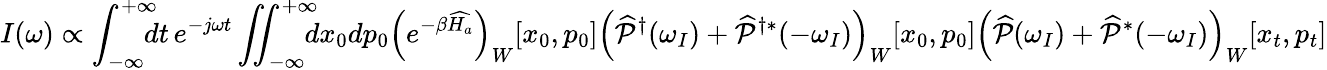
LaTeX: I(\omega)\propto\int_{-\infty}^{+\infty}\! \! \! \! dt\, e^{-j\omega t}\iint_{-\infty}^{+\infty}\! \! \! \! dx_{0}dp_{0}\left(e^{-\beta\widehat{H_{a}}}\right)_{W}[x_{0},p_{0}]\left(\widehat{\mathcal{P}}^{\dagger}(\omega_{I})+\widehat{\mathcal{P}}^{\dagger*}(-\omega_{I})\right)_{W}[x_{0},p_{0}]\left(\widehat{\mathcal{P}}(\omega_{I})+\widehat{\mathcal{P}}^{*}(-\omega_{I})\right)_{W}[x_{t},p_{t}]